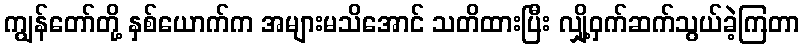
ကျွန်တော်တို့ နှစ်ယောက်က အများမသိအောင် သတိထားပြီး လျှို့ဝှက်ဆက်သွယ်ခဲ့ကြတာ